Medical and sanitary report of the native army of Bengal for the year
Year: 1877
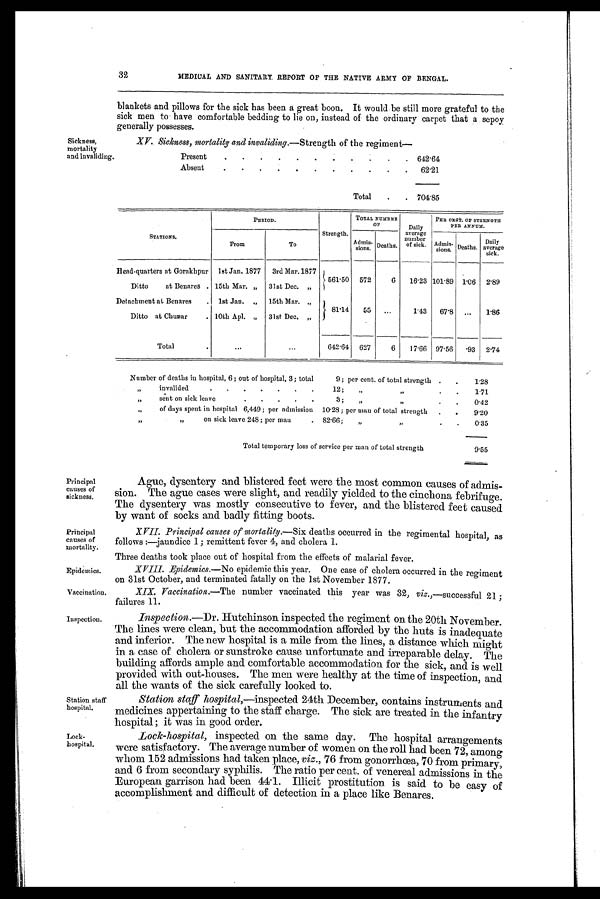
Principal
causes of
mortality.
Epidemics.
Vaccination.
Inspection.
Station staff
hospital.
Lock-
hospital.
32
MEDICAL AND SANITARY. REPORT OF THE NATIVE ARMY OF BENGAL.
Sickness,
mortality
and invaliding.
blankets and pillows for the sick has been a great boon. It would be still more grateful to the
sick men to have comfortable bedding to lie on, instead of the ordinary carpet that a sepoy
generally possesses.
XV. Sickness, mortality and invaliding. —Strength of the regiment—
Present
. . . . . . . . .
. . 642.64
Absent
. . . . . . . . . . . 62.21
Total . . 704.85
STATIONS.
PERIOD.
Strength.
T O T A L N U M B E R
O F
Daily
average
number
of sick.
PERCENT. OF STRENGTH
PER ANNUM.
From
To
A d m i s s i o n s .
Deaths.
Admi ssi ons. Deaths.
Daily
average
sick.
Head-quarters at Gorakhpur 1st Jan. 1877 3rd Mar. 1877
561.50 572
6 16.23 101.89
1 . 0 6 2.89
Ditto
at Benares . 15th Mar. „ 31st Dec. „
Detachment at Benares . 1st Jan. „ 15th Mar. „
8 1 . 1 4 55 ...
1.43 67.8 ... 1.86
Ditto at Chunar
. 10th Apl. " 31st Dec. „
Total
.
...
. . .
642.64 627
6 17.66 97.56 .93 2.74
Number of deaths in hospital, 6 ; out of hospital, 3; total
9 ; per cent. of total strength . .
1.28
" invalided
.
. . . .
. .
12;
"
"
. .
1.71
"
sent on sick leave
. . . .
.
3 ;
"
"
.
. 0.42
"
of days spent in hospital 6,449 ; per admission 10.28; per man of total strength . . 9.20
,,
" on sick leave 248; per man
. 82.66;
"
"
. . 0.35
Total temporary loss of service per man of total strength
9.55
Principal
causes of
sickness.
Ague, dysentery and blistered feet were the most common causes of admis-
sion. The ague cases were slight, and readily yielded to the cinchona febrifuge.
The dysentery was mostly consecutive to fever, and the blistered feet caused
by want of socks and badly fitting boots.
XVII. Principal causes of mortality.—Six deaths occurred in the regimental hospital, as
follows :—jaun dice 1; remittent fever 4, and cholera 1.
Three deaths took place out of hospital from the effects of malarial fever.
XVIII. Epidemics.—No epidemic this year. One case of cholera occurred in the regiment
on 31st October, and terminated fatally on the 1st November 1877.
XIX. Vaccination. —The number vaccinated this year was 32, viz.,—successful 21 ;
failures 11.
Inspection.—Dr. Hutchinson inspected the regiment on the 20th November.
The lines were clean, but the accommodation afforded by the huts is inadequate
and inferior. The new hospital is a mile from the lines, a distance which might
in a case of cholera or sunstroke cause unfortunate and irreparable delay. The
building affords ample and comfortable accommodation for the sick, and is well
provided with out-houses. The men were healthy at the time of inspection, and
all the wants of the sick carefully looked to.
St at i on, st aff hospi t al ,— i n s p e c t e d 2 4 t h D e c e m b e r , c o n t a i n s i n s t r u m e n t s a n d
medicines appertaining to the staff charge. The sick are treated in the infantry
hospital ; it was in good order.
Lock-hospital, inspected on the same day. The hospital arrangements
were satisfactory. The average number of women on the roll had been 72, among
whom 152 admissions had taken place, viz. , 76 from gonorrhœa, 70 from primary,
and 6 from secondary syphilis. The ratio per cent. of venereal admissions in the
European garrison had been 44.1. Illicit prostitution is said to be easy of
accomplishment and difficult of detection in a place like Benares.